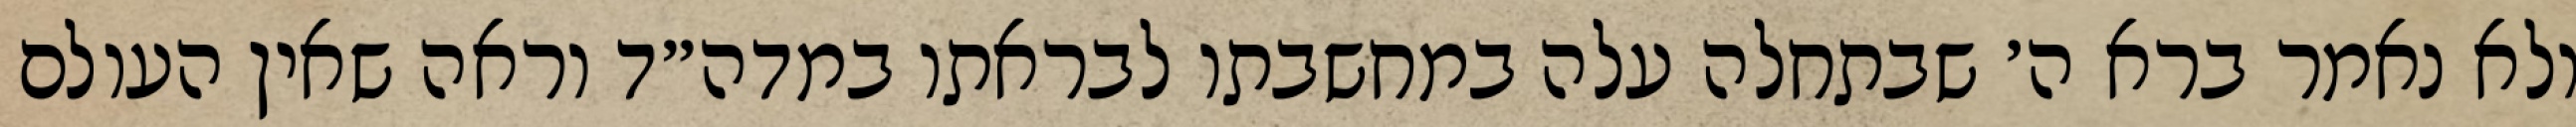
ולא נאמר ברא ה׳ שבתחלה עלה במחשבתו לבראתו במדה״ד וראה שאין העולם